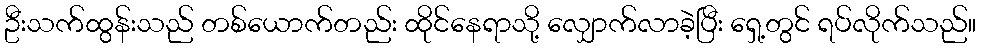
ဦးသက်ထွန်းသည် တစ်ယောက်တည်း ထိုင်နေရာသို့ လျှောက်လာခဲ့ပြီး ရှေ့တွင် ရပ်လိုက်သည်။